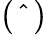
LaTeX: \left(\ \hat{\ }\ \right)